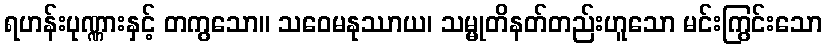
ရဟန်းပုဏ္ဏားနှင့် တကွသော။ သဝေမနုဿာယ၊ သမ္မုတိနတ်တည်းဟူသော မင်းကြွင်းသော